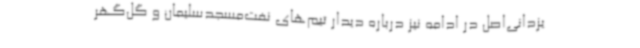
یزدانی‌اصل در ادامه نیز درباره دیدار تیم‌های نفت‌مسجدسلیمان و گل‌گهر